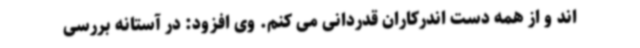
اند و از همه دست اندرکاران قدردانی می کنم. وی افزود: در آستانه بررسی